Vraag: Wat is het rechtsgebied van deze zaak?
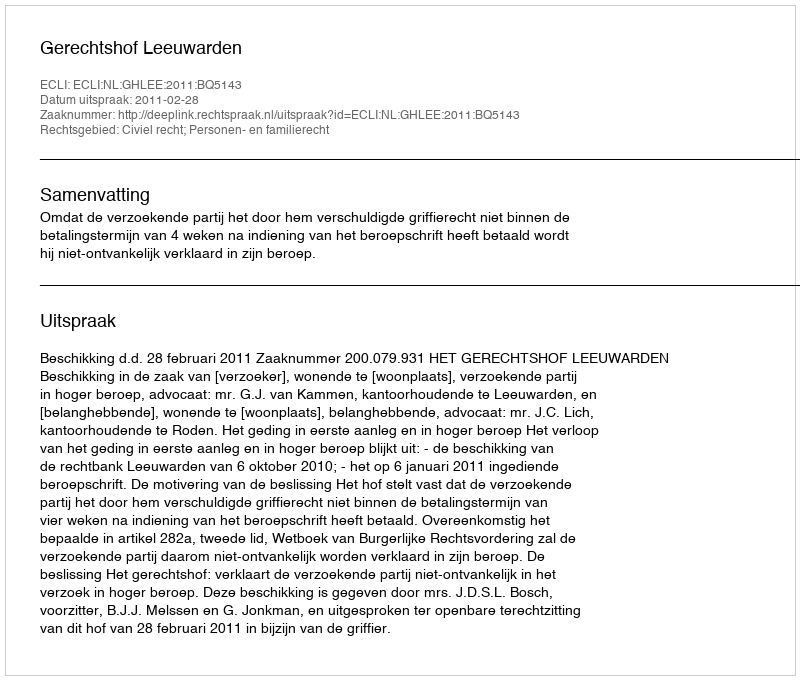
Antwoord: Civiel recht; Personen- en familierecht